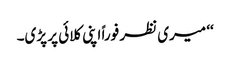
‘‘ میری نظر فوراً اپنی کلائی پر پڑی۔